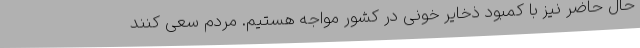
حال حاضر نیز با کمبود ذخایر خونی در کشور مواجه هستیم. مردم سعی کنند